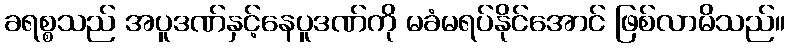
ခရစ္စသည် အပူဒဏ်နှင့်နေပူဒဏ်ကို မခံမရပ်နိုင်အောင် ဖြစ်လာမိသည်။